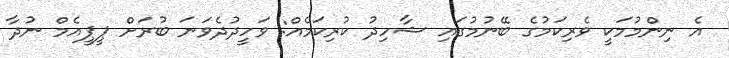
އެ ނިންމުމަކީ ވެރިކަމުގެ ބޭނުމުގައި ޝާހިދު ކުރިކަމެއް: ވަހީދުދެވަނަ ބުރަށް ޕީޕީއެމް ނުދާ